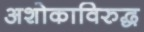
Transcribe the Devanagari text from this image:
अशोकाविरुद्ध